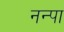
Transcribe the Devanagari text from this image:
नन्पा